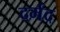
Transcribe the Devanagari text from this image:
दर्मद